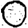
Digit: 0